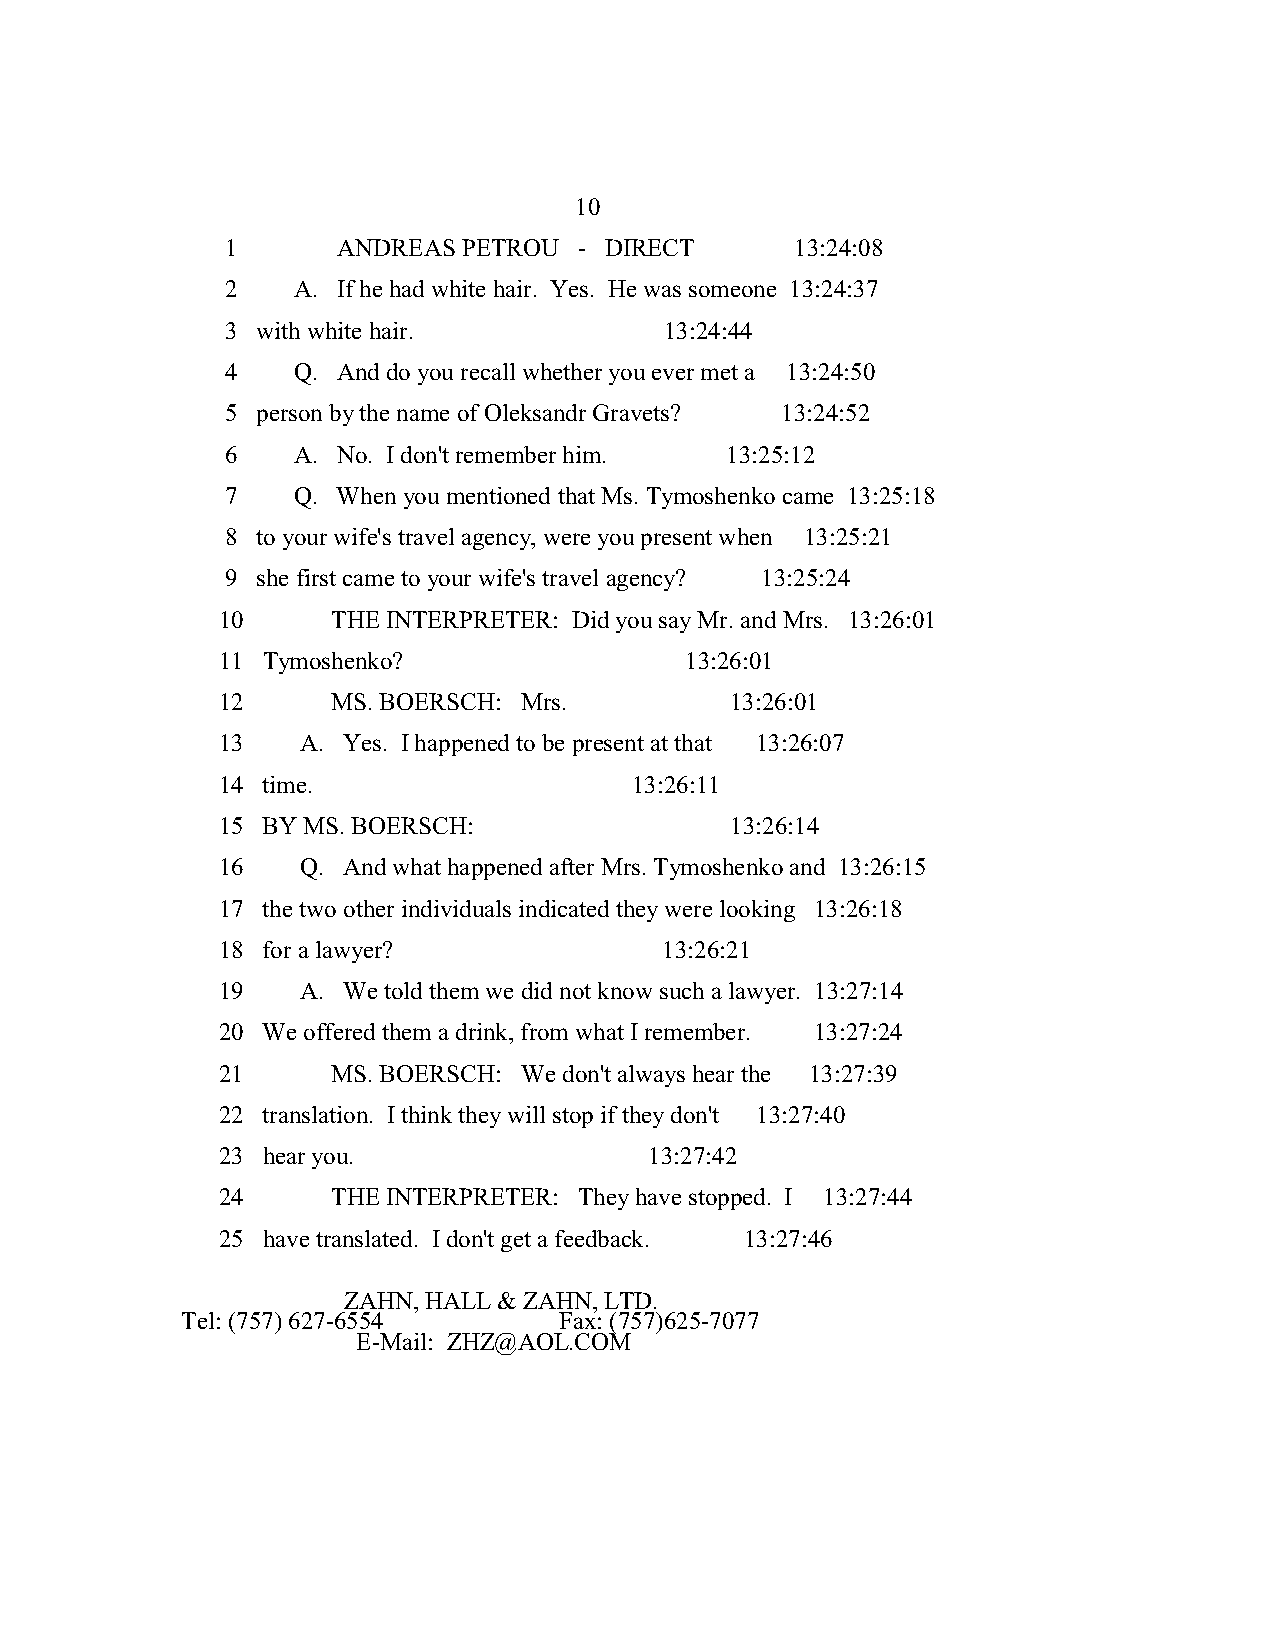
10
 1      ANDREAS  PETROU - DIRECT       13:24:08
 2   A. If he had white hair. Yes. He was someone 13:24:37
 3 with white hair.           13:24:44
 4   Q. And do you recall whether you ever met a 13:24:50
 5 person by the name of Oleksandr Gravets? 13:24:52
 6   A. No. I don't remember him. 13:25:12
 7   Q. When you mentioned that Ms. Tymoshenko came 13:25:18
 8 to your wife's travel agency, were you present when 13:25:21
 9 she first came to your wife's travel agency? 13:25:24
 10      THE INTERPRETER: Did you say Mr. and Mrs. 13:26:01
 11 Tymoshenko?                 13:26:01
 12      MS. BOERSCH: Mrs.         13:26:01
 13    A. Yes. I happened to be present at that 13:26:07
 14 time.                    13:26:11
 15 BY MS. BOERSCH:                13:26:14
 16    Q. And what happened after Mrs. Tymoshenko and 13:26:15
 17 the two other individuals indicated they were looking 13:26:18
 18 for a lawyer?              13:26:21
 19    A. We told them we did not know such a lawyer. 13:27:14
 20 We offered them a drink, from what I remember. 13:27:24
 21      MS. BOERSCH: We don't always hear the 13:27:39
 22 translation. I think they will stop if they don't 13:27:40
 23 hear you.                 13:27:42
 24      THE INTERPRETER: They have stopped. I 13:27:44
 25 have translated. I don't get a feedback. 13:27:46
 ZAHN, HALL & ZAHN, LTD.
 Tel: (757) 627-6554      Fax: (757)625-7077
 E-Mail: ZHZ@AOL.COM